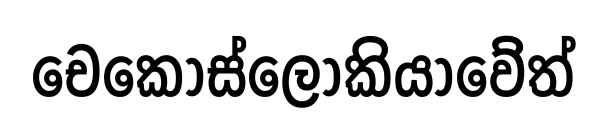
චෙකොස්ලෝකියාවේත්